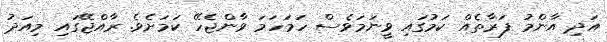
އަދި އާންމު ފަރާތެއް ކަމުގައި ވީނަމަވެސް ހަމަހަމަ ވާންޖެހޭ ކަމަށެވެ. ރާއްޖޭގައި މިއަދު